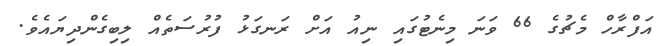
އަފްރާހް މެޗުގެ 66 ވަނަ މިނެޓުގައި ނިއު އަށް ރަނގަޅު ފުރުސަތެއް ލިބިގެންދިޔައެވެ.